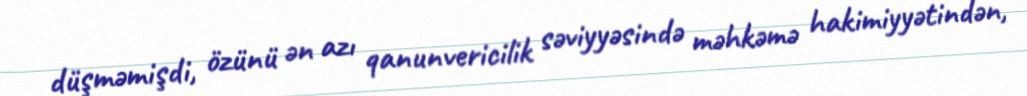
düşməmişdi, özünü ən azı qanunvericilik səviyyəsində məhkəmə hakimiyyətindən,